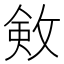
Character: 㪘